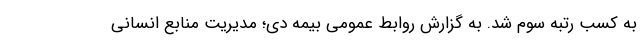
به کسب رتبه سوم شد. به گزارش روابط عمومی بیمه دی؛ مدیریت منابع انسانی